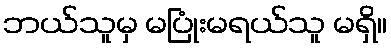
ဘယ်သူမှ မပြုံးမရယ်သူ မရှိ။